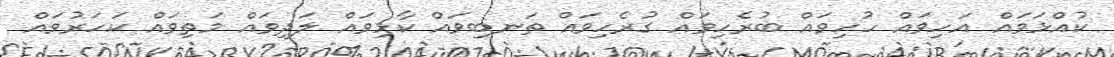
ކުއްޅަވައް އަހިވައް ހުހިވައް ބުރެހިވައް ގުރެހިވައް ތަނބިވައް ކާޅިވައް ލަދިވައް މަތިވައް ކަހަރުވައް